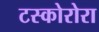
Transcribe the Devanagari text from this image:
टस्कोरोरा